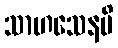
သာဟသေနပိ